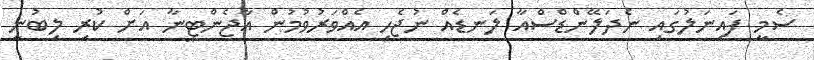
ސެމީ ފައިނަލުގައި ނެދަލޭންޑްސްއާ ލަނޑެއް ނުޖެހި އެއްވަރުވުމުން އާޖެންޓީނާ އަށް ކުރި ލިބުނީ